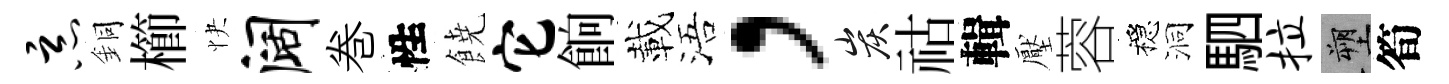
恶銅櫛快阔巻性𩜙它餉載浯，炭祜輯壓蓉穩洞駟拉塑筍